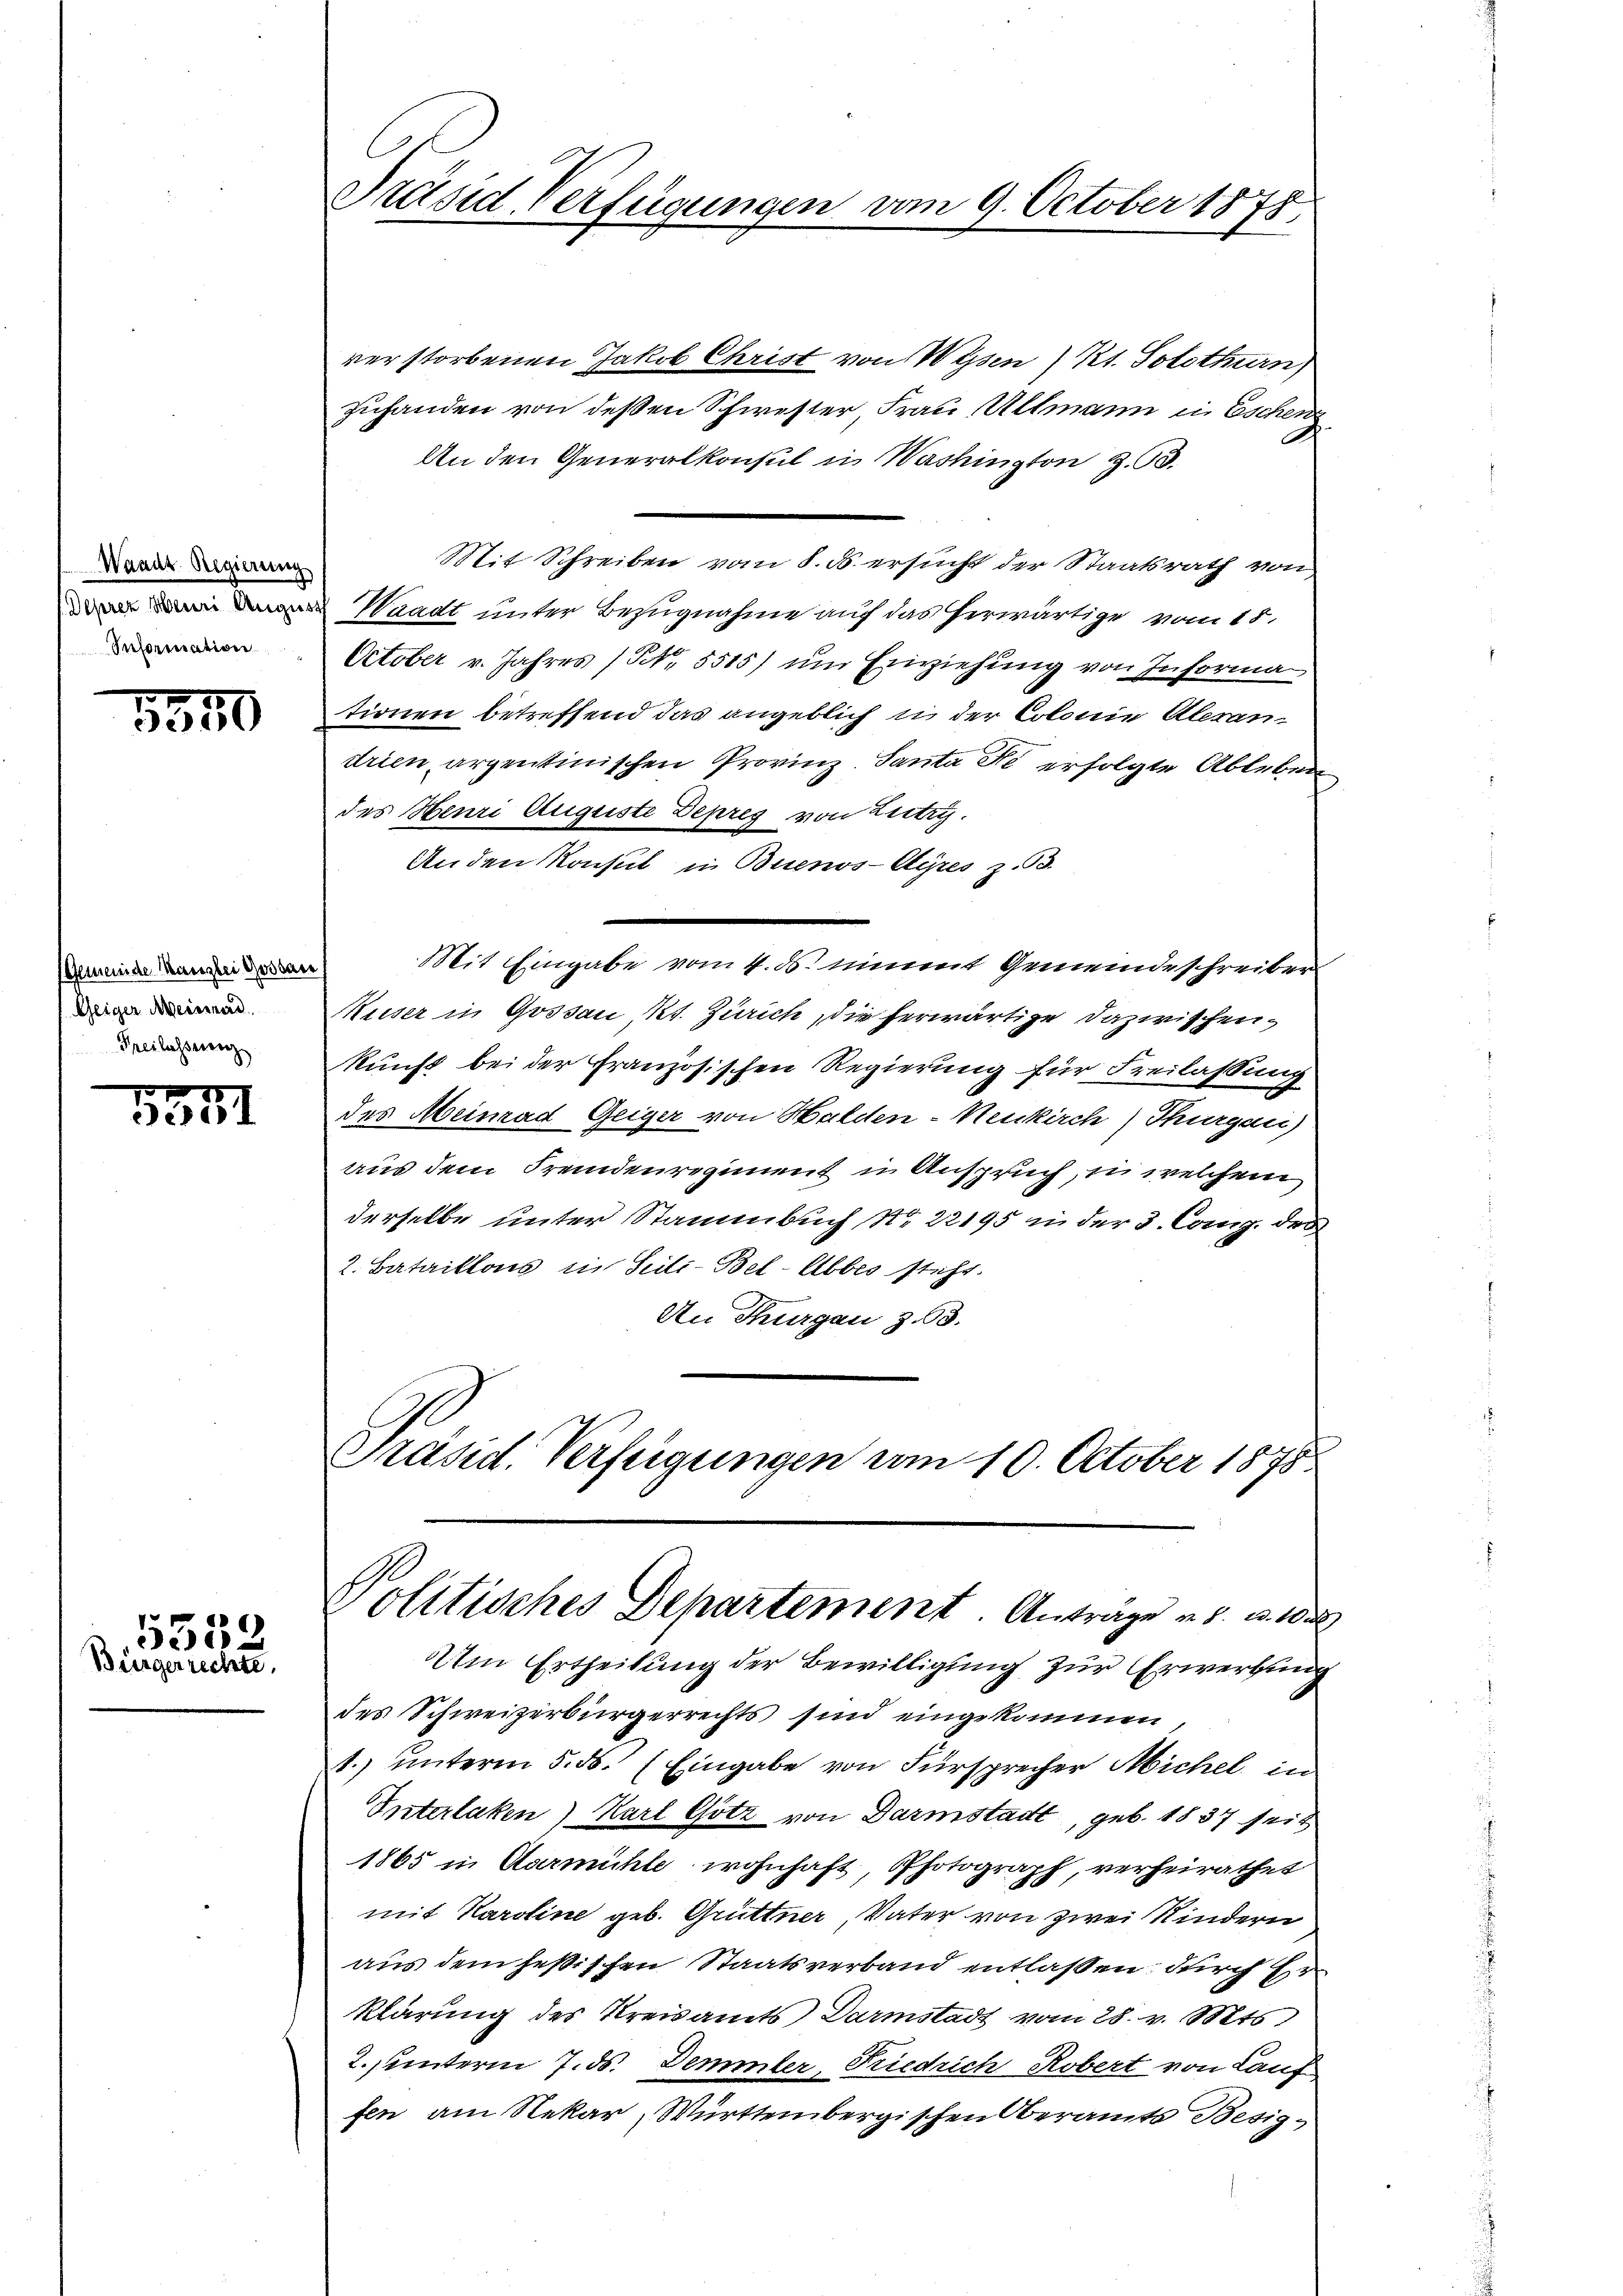
Waadt-Regierung
Seformation

1340

Gemeinde Manzlei Gossare
Geiger Meissard
Freilasserenz

7
3371

)
530
Bürgerrechte.

verstorbenen Jakob Christ von Wysen) Kt. Solothurn)
zuhanden von deßen Schwester, Frau Allmann in Eschen
An den Generalkonsul in Washington Z. G.
Mit Schreiben vom 8. ds. ersucht der Staatsrath von
 Waadt unter Bezugnahme auf das herwärtige vom 18.
October v. Jahres (N. 5515) um Einziehung von Informa
tionen betreffend das angeblich in der Colonie Alexandrien, argentinischen Provinz. Santa de erfolgte Ableben
des Henri Auguste Depreg von Lutry.
Anden Konsul in Buenos-Ayres z. B.
Mit Eingabe vom 4. ds. nimmt Gemeindeschreiber
Muser in Gossau, Kt. Zürich, die herwärtige Dazwischenkunft bei der Französischen Regierung für Freilassung
des Meinrad Geiger von Halden-Neukirch) Thurgau)
aus dem Fremdenregiment u Anspruch, in welchem
derselbe unter Stammbuch No. 22195 in der 3. Comp. des
2. Bataillons in Scili-Bel-Abbes steht.
An Thurgau Z. 63.
Präsid. Verfügungen vom 10. October 1875.
Politisches Departement. Anträge u. s. v. 1
Um Ertheilung der Bewilligung zur Erwerbung
des Schweizerbürgerrechts sind eingekommen,
t.) unterm 5. ds. (Eingabe von Fürsprecher Michel in
Interlaken) Karl Götz von Darmstadt, geb. 1837 seit
1865 in Aarmühle wohnhaft, Photograph, verheirathet
mit Karoline geb. Grüttner, Vater von zwei Kindern
aus dem jesischen Staatsverband entlassen durch Erklärung des Kreisamts Darmstadt vom 28. v. Mts.
2. unterm 7. ds. Demmler, Friedrich Robert von Lauf
fen, am Rekar Württembergischen Oberamts Besig¬

Präsid Verfügungen vom 9. October 1878